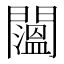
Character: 𨷇